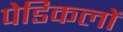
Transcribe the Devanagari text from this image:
पेडिकलों